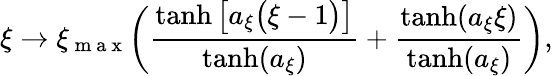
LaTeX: \xi\to\xi_{\mathrm{~m~a~x~}}\bigg(\frac{\operatorname{tanh}\big[a_{\xi}\big(\xi-1\big)\big]}{\operatorname{tanh}(a_{\xi})}+\frac{\operatorname{tanh}(a_{\xi}\xi)}{\operatorname{tanh}(a_{\xi})}\bigg),